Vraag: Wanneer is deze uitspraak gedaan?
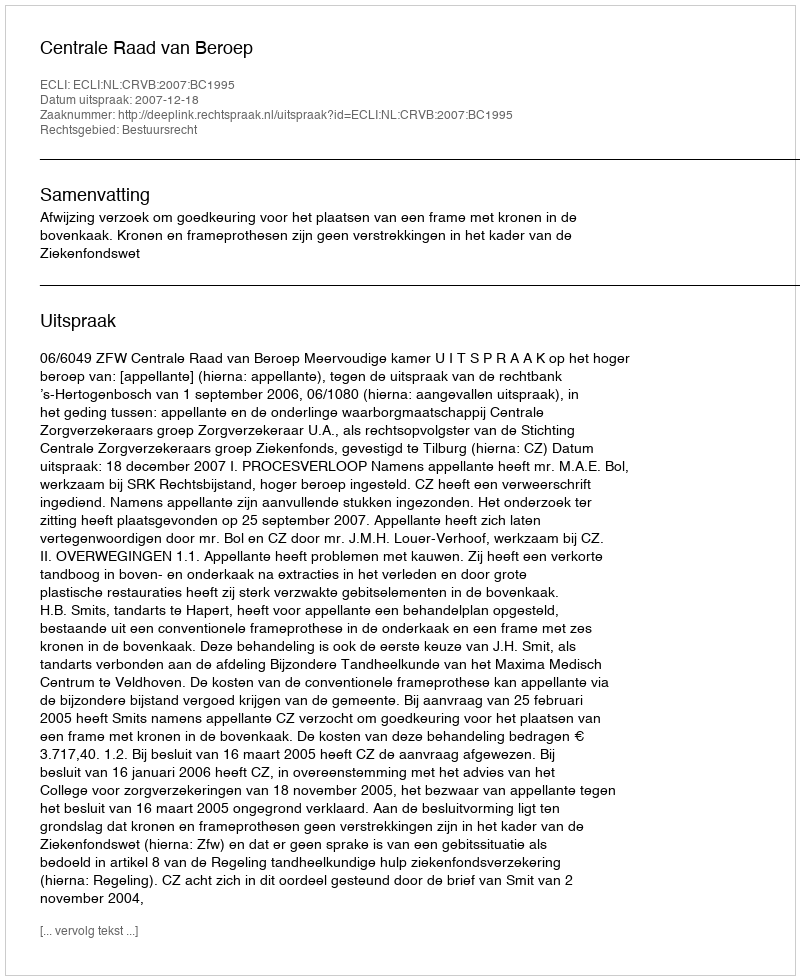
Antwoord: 2007-12-18